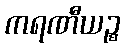
ကရဏီယဉ္စ